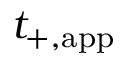
t _ { + , \ensuremath { \mathrm { a p p } } }